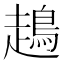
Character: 𧽪